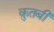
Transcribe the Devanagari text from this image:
क़ुतबी